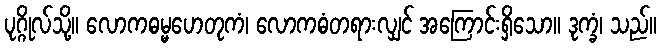
ပုဂ္ဂိုလ်သို့။ လောကဓမ္မဟေတုကံ၊ လောကဓံတရားလျှင် အကြောင်းရှိသော။ ဒုက္ခံ၊ သည်။